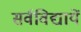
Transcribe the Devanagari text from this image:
सर्वविद्यायें